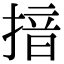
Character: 揞